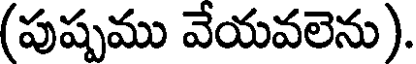
(పుష్పము వేయవలెను).